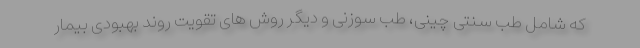
که شامل طب سنتی چینی، طب سوزنی و دیگر روش های تقویت روند بهبودی بیمار